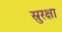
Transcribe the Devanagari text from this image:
स्रुरक्षा